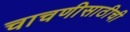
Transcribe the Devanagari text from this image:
चाचणीसाठीची